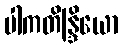
ပါကတိန္ဒြိယော